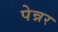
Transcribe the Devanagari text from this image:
पेन्नर